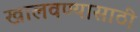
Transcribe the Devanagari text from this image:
खालवण्यासाठी